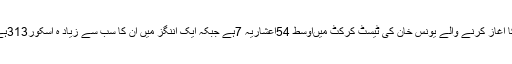
26فروری 2000ء کو سری لنکا کے خلاف راولپنڈی ٹیسٹ سے کیریئر کا آغاز کرنے والے یونس خان کی ٹیسٹ کرکٹ میںاوسط 54اعشاریہ 7ہے جبکہ ایک اننگز میں ان کا سب سے زیاد ہ اسکور313ہے جو انہوں نے2009 میں سری لنکا کے خلاف کراچی ٹیسٹ میں بنایا تھا